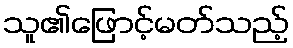
သူ၏ဖြောင့်မတ်သည့်